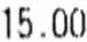
15.00